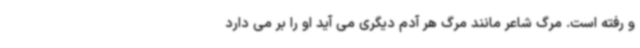
و رفته است. مرگ‌ شاعر مانند مرگ‌ هر آدم دیگری می آید او را بر می دارد